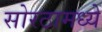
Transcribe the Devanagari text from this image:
सोरठामध्ये